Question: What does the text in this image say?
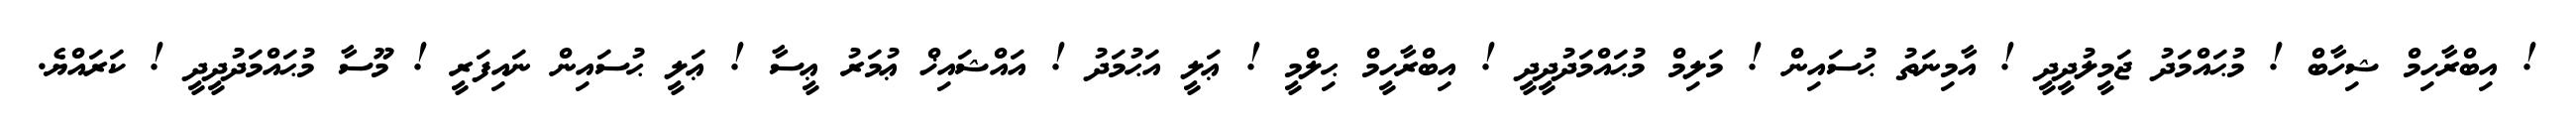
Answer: ! އިބްރާހިމް ޝިހާބް ! މުޙައްމަދު ޖަމީލުދީދީ ! އާމިނަތު ޙުސައިން ! މަލިމް މުޙައްމަދުދީދީ ! އިބްރާހީމް ޙިލްމީ ! ޢަލީ އަޙުމަދު ! އައްޝައިޚް ޢުމަރު ޢީސާ ! ޢަލީ ޙުސައިން ނައިފަރީ ! މޫސާ މުޙައްމަދުދީދީ ! ކަރައްޔެ.